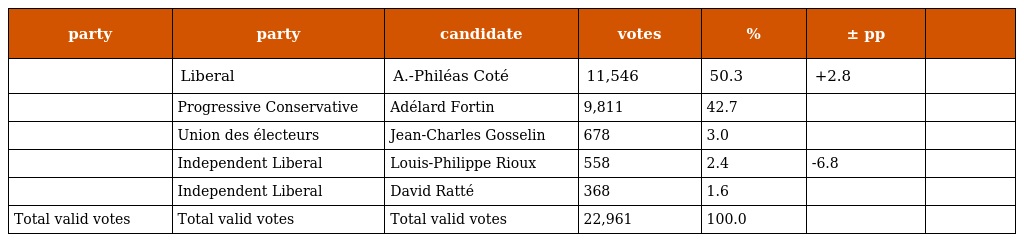
| party | party | candidate | votes | % | ± pp |  |
 | --- | --- | --- | --- | --- | --- | --- |
 |  | Liberal | A.-Philéas Coté | 11,546 | 50.3 | +2.8 |  |
 |  | Progressive Conservative | Adélard Fortin | 9,811 | 42.7 |  |  |
 |  | Union des électeurs | Jean-Charles Gosselin | 678 | 3.0 |  |  |
 |  | Independent Liberal | Louis-Philippe Rioux | 558 | 2.4 | -6.8 |  |
 |  | Independent Liberal | David Ratté | 368 | 1.6 |  |  |
 | Total valid votes | Total valid votes | Total valid votes | 22,961 | 100.0 |  |  |